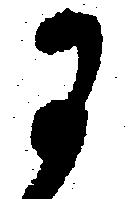
に